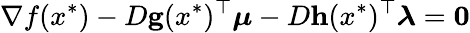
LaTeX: \nabla f(x^{*})-D\mathbf{g}(x^{*})^{\top}{\boldsymbol{\mu}}-D\mathbf{h}(x^{*})^{\top}{\boldsymbol{\lambda}}=\mathbf{0}